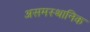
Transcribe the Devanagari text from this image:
असमस्थानिक